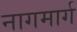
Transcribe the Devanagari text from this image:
नागमार्ग